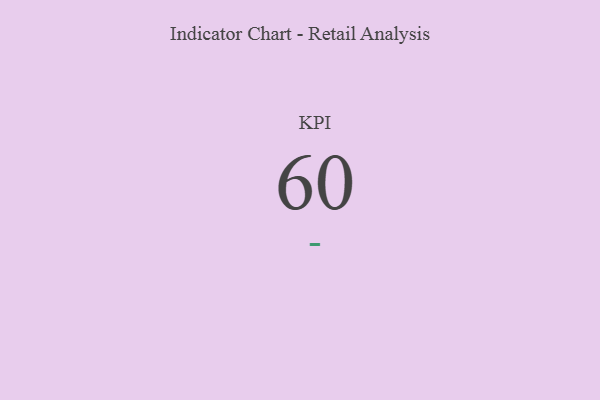
{"axis": {"x": "KPI", "y": "Value"}, "legend": [""], "data": [{"x": "KPI", "y": 60, "type": ""}]}